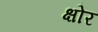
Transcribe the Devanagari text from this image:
क्षोर